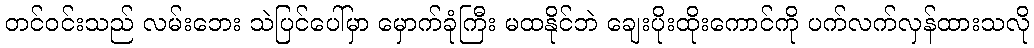
တင်ဝင်းသည် လမ်းဘေး သဲပြင်ပေါ်မှာ မှောက်ခုံကြီး မထနိုင်ဘဲ ချေးပိုးထိုးကောင်ကို ပက်လက်လှန်ထားသလို